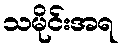
သမိုင်းအရ